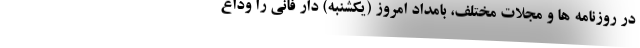
در روزنامه ها و مجلات مختلف، بامداد امروز (یکشنبه) دار فانی را وداع